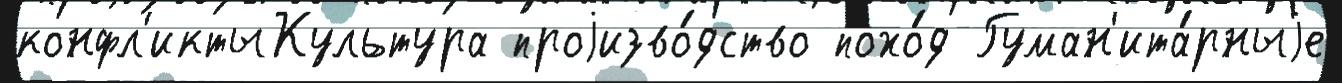
конфл'иктыКультура проjизво́дство похо́д Гуман'ита́рныjе